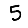
Digit: 5